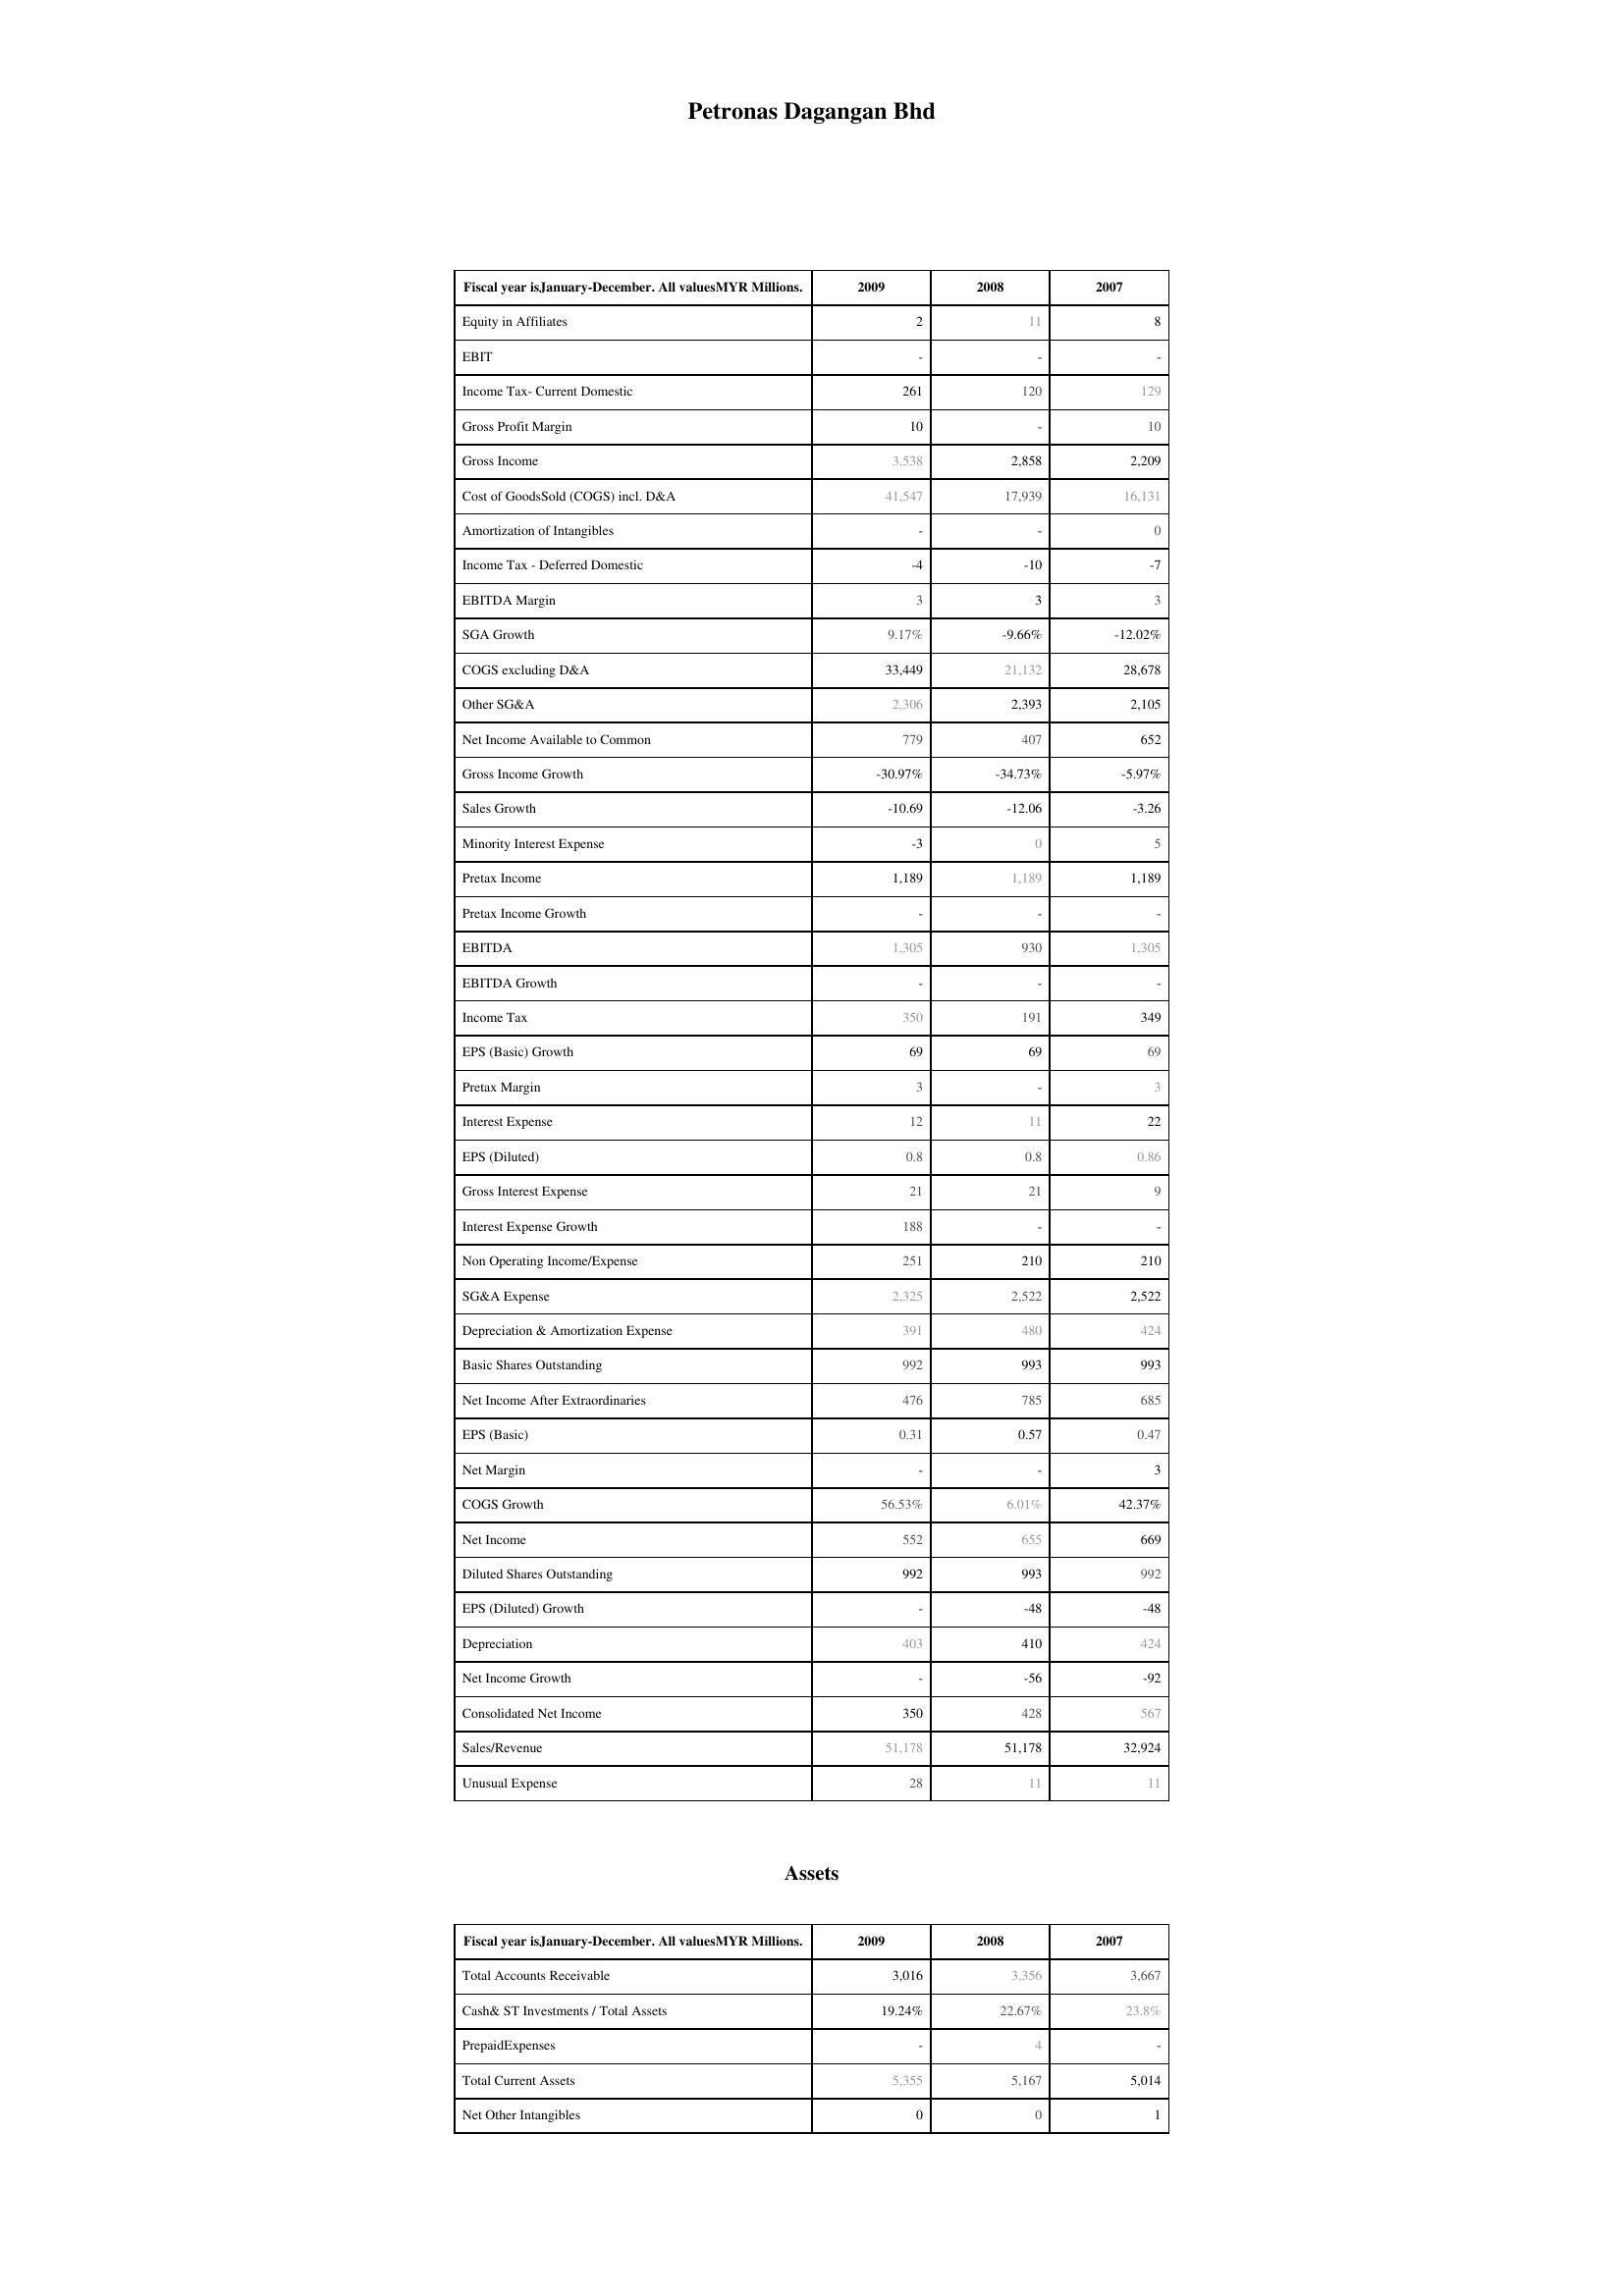
2009: : Equity in Affiliates: 2
EBIT: -
Income Tax- Current Domestic: 261
Gross Profit Margin: 10
Gross Income: 3,538
Cost of GoodsSold (COGS) incl. D&A: 41,547
Amortization of Intangibles: -
Income Tax - Deferred Domestic: -4
EBITDA Margin: 3
SGA Growth: 9.17%
COGS excluding D&A: 33,449
Other SG&A: 2,306
Net Income Available to Common: 779
Gross Income Growth: -30.97%
Sales Growth: -10.69
Minority Interest Expense: -3
Pretax Income: 1,189
Pretax Income Growth: -
EBITDA: 1,305
EBITDA Growth: -
Income Tax: 350
EPS (Basic) Growth: 69
Pretax Margin: 3
Interest Expense: 12
EPS (Diluted): 0.8
Gross Interest Expense: 21
Interest Expense Growth: 188
Non Operating Income/Expense: 251
SG&A Expense: 2,325
Depreciation & Amortization Expense: 391
Basic Shares Outstanding: 992
Net Income After Extraordinaries: 476
EPS (Basic): 0.31
Net Margin: -
COGS Growth: 56.53%
Net Income: 552
Diluted Shares Outstanding: 992
EPS (Diluted) Growth: -
Depreciation: 403
Net Income Growth: -
Consolidated Net Income: 350
Sales/Revenue: 51,178
Unusual Expense: 28
Assets: Total Accounts Receivable: 3,016
Cash& ST Investments / Total Assets: 19.24%
PrepaidExpenses: -
Total Current Assets: 5,355
Net Other Intangibles: 0
2008: : Equity in Affiliates: 11
EBIT: -
Income Tax- Current Domestic: 120
Gross Profit Margin: -
Gross Income: 2,858
Cost of GoodsSold (COGS) incl. D&A: 17,939
Amortization of Intangibles: -
Income Tax - Deferred Domestic: -10
EBITDA Margin: 3
SGA Growth: -9.66%
COGS excluding D&A: 21,132
Other SG&A: 2,393
Net Income Available to Common: 407
Gross Income Growth: -34.73%
Sales Growth: -12.06
Minority Interest Expense: 0
Pretax Income: 1,189
Pretax Income Growth: -
EBITDA: 930
EBITDA Growth: -
Income Tax: 191
EPS (Basic) Growth: 69
Pretax Margin: -
Interest Expense: 11
EPS (Diluted): 0.8
Gross Interest Expense: 21
Interest Expense Growth: -
Non Operating Income/Expense: 210
SG&A Expense: 2,522
Depreciation & Amortization Expense: 480
Basic Shares Outstanding: 993
Net Income After Extraordinaries: 785
EPS (Basic): 0.57
Net Margin: -
COGS Growth: 6.01%
Net Income: 655
Diluted Shares Outstanding: 993
EPS (Diluted) Growth: -48
Depreciation: 410
Net Income Growth: -56
Consolidated Net Income: 428
Sales/Revenue: 51,178
Unusual Expense: 11
Assets: Total Accounts Receivable: 3,356
Cash& ST Investments / Total Assets: 22.67%
PrepaidExpenses: 4
Total Current Assets: 5,167
Net Other Intangibles: 0
2007: : Equity in Affiliates: 8
EBIT: -
Income Tax- Current Domestic: 129
Gross Profit Margin: 10
Gross Income: 2,209
Cost of GoodsSold (COGS) incl. D&A: 16,131
Amortization of Intangibles: 0
Income Tax - Deferred Domestic: -7
EBITDA Margin: 3
SGA Growth: -12.02%
COGS excluding D&A: 28,678
Other SG&A: 2,105
Net Income Available to Common: 652
Gross Income Growth: -5.97%
Sales Growth: -3.26
Minority Interest Expense: 5
Pretax Income: 1,189
Pretax Income Growth: -
EBITDA: 1,305
EBITDA Growth: -
Income Tax: 349
EPS (Basic) Growth: 69
Pretax Margin: 3
Interest Expense: 22
EPS (Diluted): 0.86
Gross Interest Expense: 9
Interest Expense Growth: -
Non Operating Income/Expense: 210
SG&A Expense: 2,522
Depreciation & Amortization Expense: 424
Basic Shares Outstanding: 993
Net Income After Extraordinaries: 685
EPS (Basic): 0.47
Net Margin: 3
COGS Growth: 42.37%
Net Income: 669
Diluted Shares Outstanding: 992
EPS (Diluted) Growth: -48
Depreciation: 424
Net Income Growth: -92
Consolidated Net Income: 567
Sales/Revenue: 32,924
Unusual Expense: 11
Assets: Total Accounts Receivable: 3,667
Cash& ST Investments / Total Assets: 23.8%
PrepaidExpenses: -
Total Current Assets: 5,014
Net Other Intangibles: 1